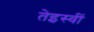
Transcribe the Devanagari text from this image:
तेइस्वीं